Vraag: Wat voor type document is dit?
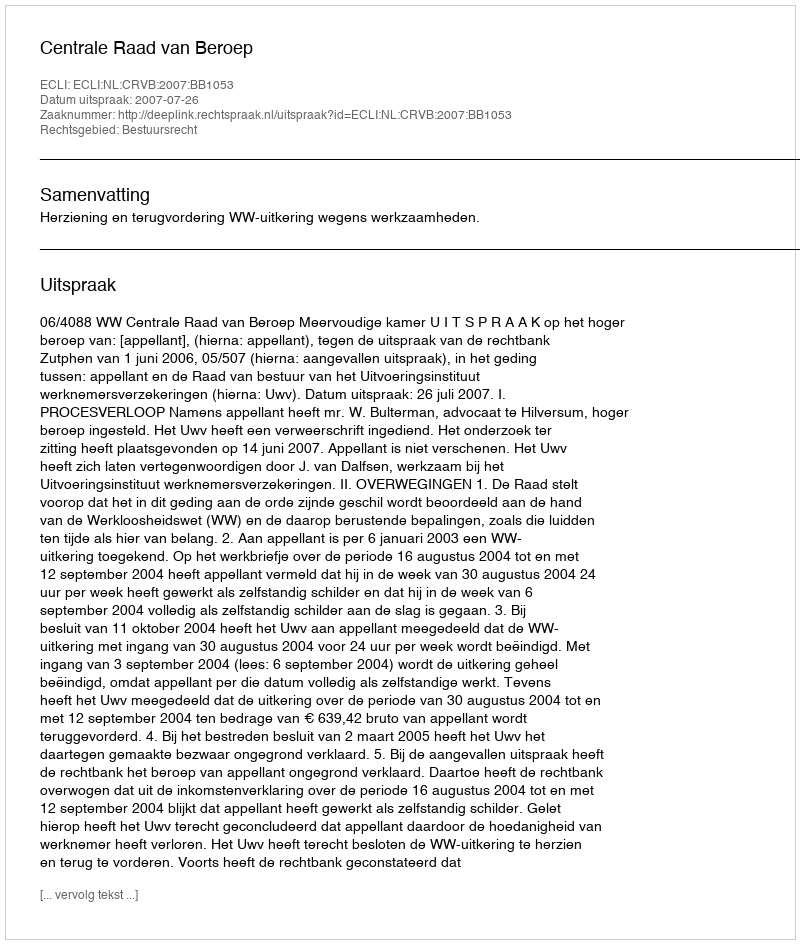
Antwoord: Uitspraak